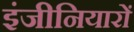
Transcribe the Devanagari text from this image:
इंजीनियारों